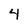
Character: 4